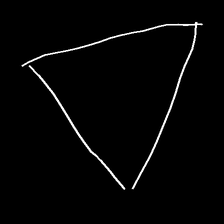
Glyph: convergence